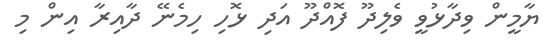
ޔާމީން ވިދާޅުވީ ވެލިދޫ ފޮއްދޫ އަދި ޅޮހި ހިމެނޭ ދާއިރާ އިން މި